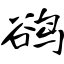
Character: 鹆